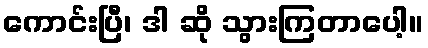
ကောင်းပြီ၊ ဒါ ဆို သွားကြတာပေါ့။